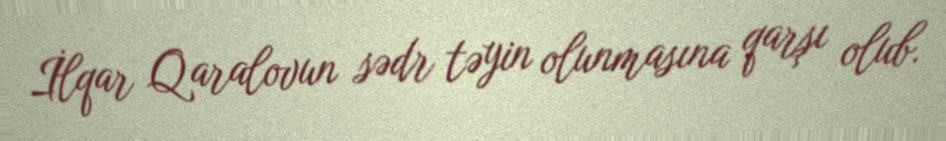
İlqar Qaralovun sədr təyin olunmasına qarşı olub.